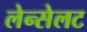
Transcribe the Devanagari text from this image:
लेन्सेलट